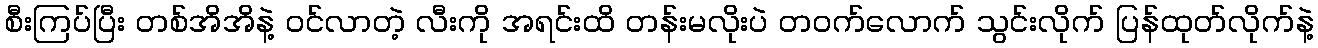
စီးကြပ်ပြီး တစ်အိအိနဲ့ ဝင်လာတဲ့ လီးကို အရင်းထိ တန်းမလိုးပဲ တဝက်လောက် သွင်းလိုက် ပြန်ထုတ်လိုက်နဲ့